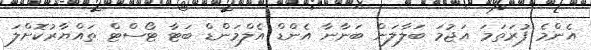
އެންމެ ފުރަތަމަ އަޖުމަ ބަލާލަން ބަނާނާ އެންޑް އެލްމަންޑް ބަޓާ ޓޯސްޓް ތައްޔާރުކޮށްލަ